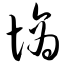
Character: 墒